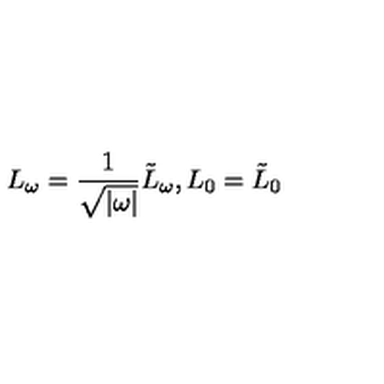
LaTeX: L _ { \omega } = \frac { 1 } { \sqrt { | \omega | } } \tilde { L } _ { \omega } , L _ { 0 } = \tilde { L } _ { 0 }